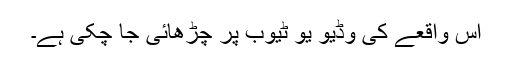
اس واقعے کی وڈیو یو ٹیوب پر چڑھائی جا چکی ہے۔